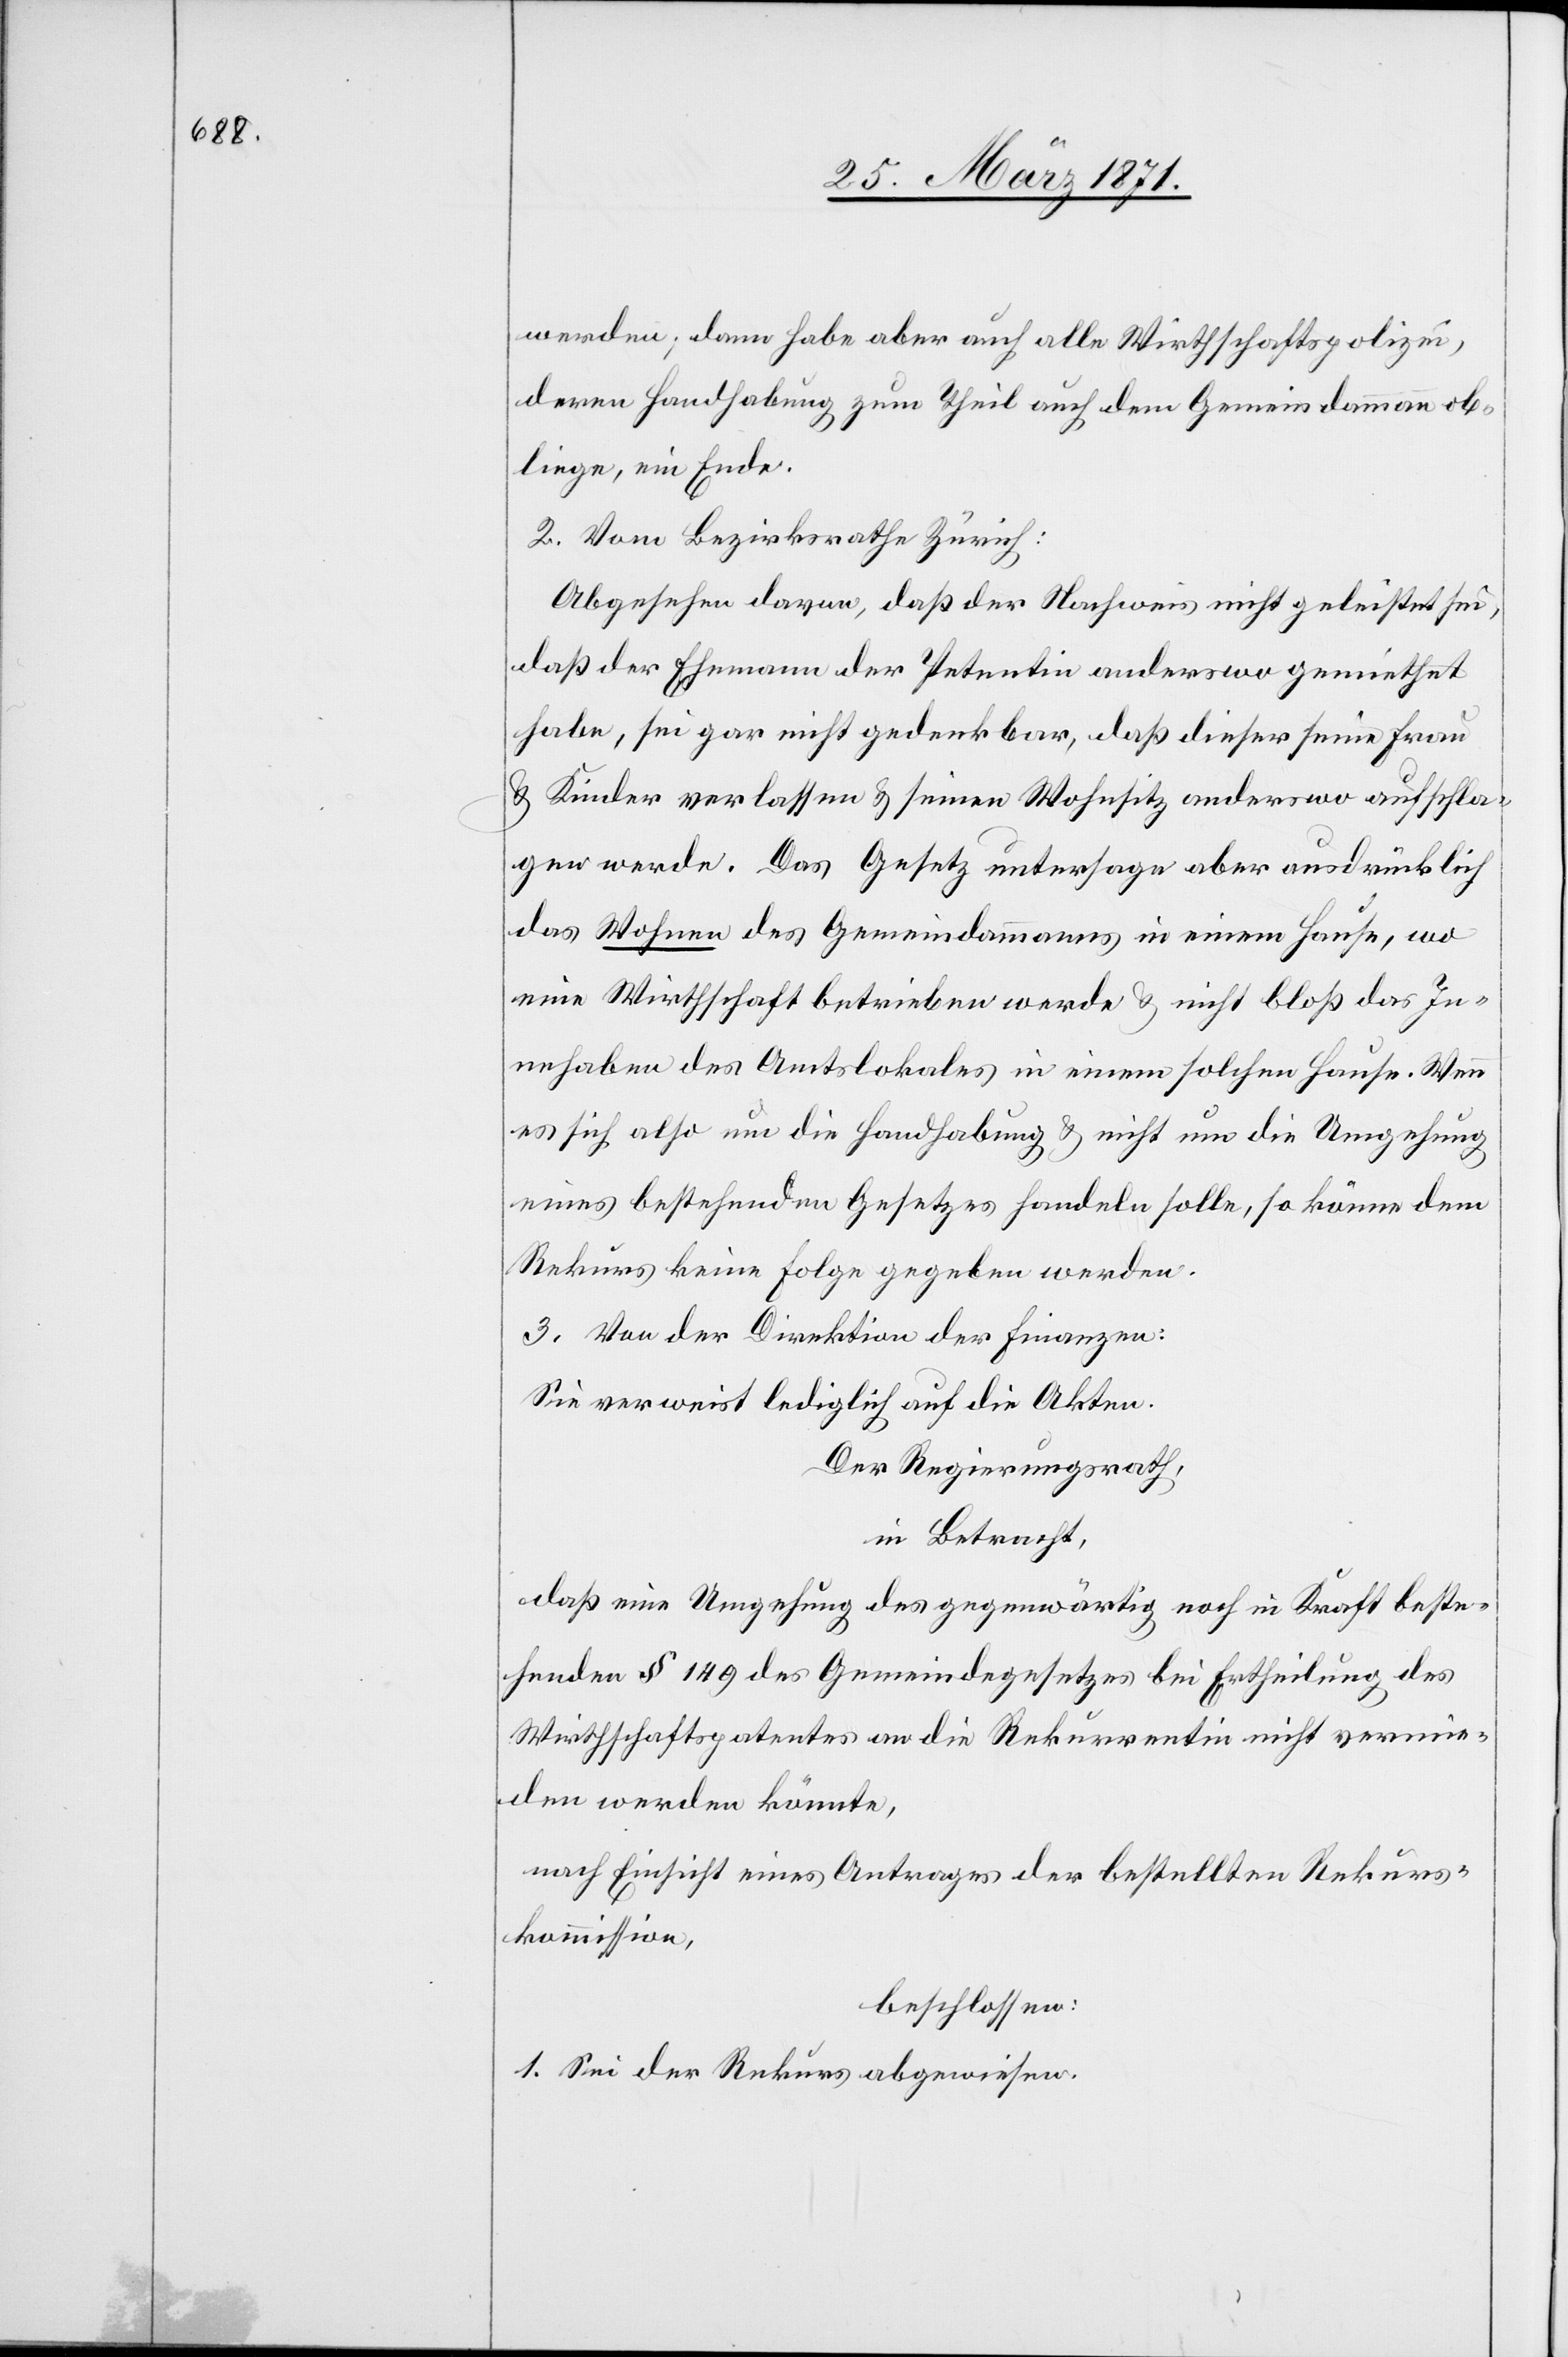
werden, dann habe aber auch alle Wirthschaftspolizei,
deren Handhabung zum Theil auch dem Gemeindammann ob¬
liege, ein Ende.
2. Vom Bezirksrath Zürich:
Abgesehen davon, daß der Nachweis nicht geleistet sei,
daß der Ehemann der Petentin anderswo gemiethet
habe, sei gar nicht gedenkbar, daß dieser seine Frau
u. Kinder verlassen u. seinen Wohnsitz anderswo aufschla¬
gen werde. Das Gesetz untersage aber ausdrücklich
das Wohnen des Gemeindammanns in einem Hause, wo
eine Wirthschaft betrieben werde u. nicht bloß das In¬
nehaben des Amtslokales in einem solchen Hause. Wenn
es sich also um die Handhabung u. nicht um die Umgehung
eines bestehenden Gesetzes handeln solle, so könne dem
Rekurs keine Folge gegeben werden.
3. Von der Direktion der Finanzen:
Sie verweist lediglich auf die Akten.
Der Regierungsrath,
in Betracht,
daß eine Umgehung des gegenwärtig noch in Kraft beste¬
henden § 149 des Gemeindegesetzes bei Ertheilung des
Wirthschaftspatentes an die Rekurrentin nicht vermie¬
den werden könnte,
nach Einsicht eines Antrages der bestellten Rekurs¬
kommission,
beschlossen:
1. Sei der Rekurs abgewiesen.